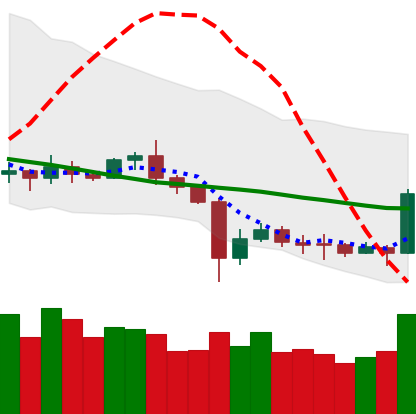
Ticker: ETC-USD
Chart end date: 2020-07-06
Forward return: 6.668%
Label: up_5_7